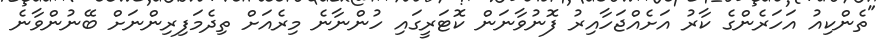
"ތެންކިއު އަހަރެންގެ ކާރު އަށެއްޖަހާއިރު ފޮނުވާނަން ކޮޓަރީގައި ހުންނާނެ މިރެއަށް ތިދެމަފިރިންނަށް ބޭނުންވާނެ